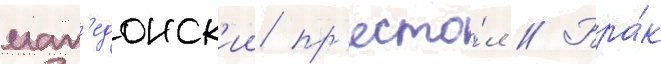
мак'едонск'ии пр'есто́л // Бра́к